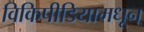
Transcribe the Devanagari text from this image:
विकिपीडियामधून